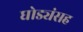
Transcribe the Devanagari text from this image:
घोड्यंसह